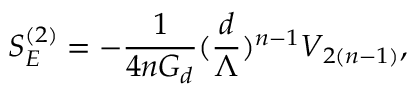
S _ { E } ^ { ( 2 ) } = - \frac { 1 } { 4 n G _ { d } } ( \frac { d } { \Lambda } ) ^ { n - 1 } V _ { 2 ( n - 1 ) } ,